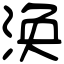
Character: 涣